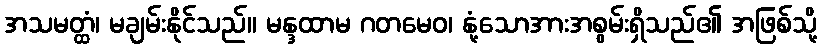
အသမတ္ထံ၊ မချမ်းနိုင်သည်။ မန္ဒထာမ ဂတမေဝ၊ နုံ့သောအားအစွမ်းရှိသည်၏ အဖြစ်သို့